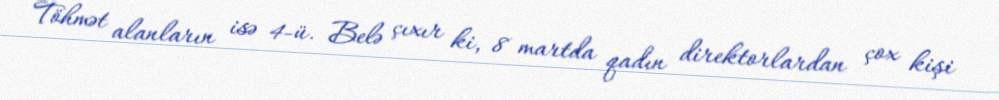
Töhmət alanların isə 4-ü. Belə çıxır ki, 8 martda qadın direktorlardan çox kişi